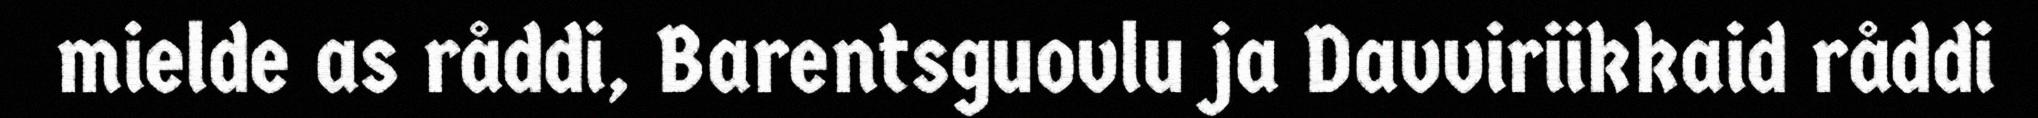
mielde as råddi, Barentsguovlu ja Davviriikkaid råddi